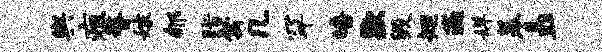
舆疽瞀嫁郇脂禽几罕皤歇毁矩遄婵幕矗